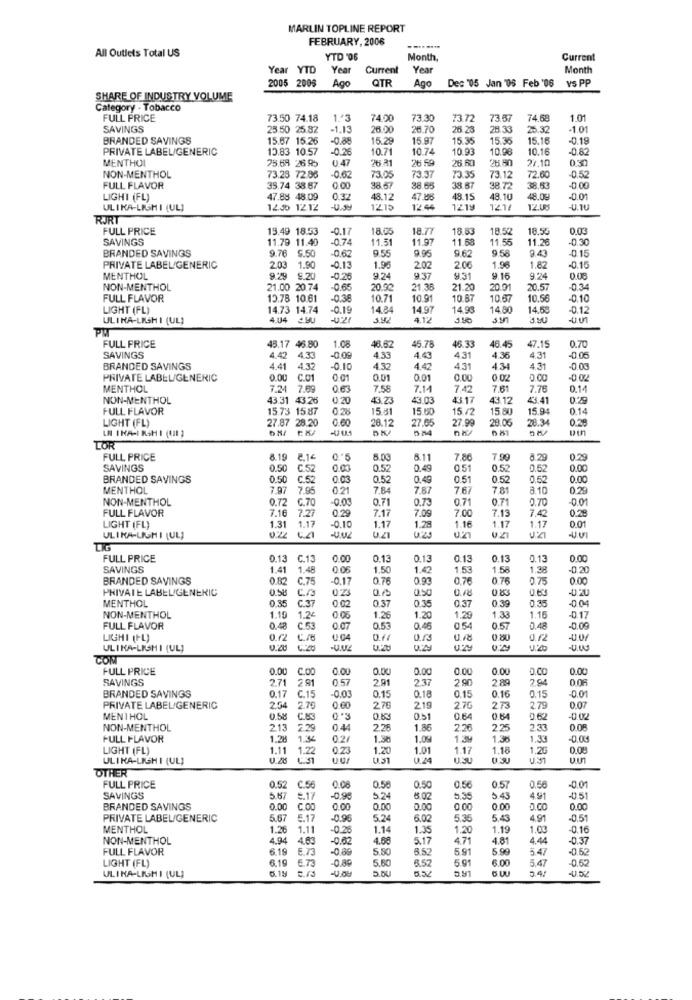
MARLIN TOPLINE REPORT
FEBRUARY, 2006
All Outlets Total US
YTD '06
Month,
Current
Year YTD
Year
Current
Year
Month
2005 2005
Ago
QTR
Ago
Dec '05 Jan '05 Feb '06
VS PP
SHARE OF INDUSTRY VOLUME
Category - Tobacco
FULL PRICE
73.50 74.18
1'3
74.00
73.30
73.72
73.67
74.58
1.01
SAVINGS
25.50 25.82
-1.13
26.00
26.70
25.28
28.33
25.32
-1.01
BRANDED SAVINGS
15.67 15.26
-0.88
15.29
15.97
15.3
15.36
15.16
-0.19
PRIVATE LABEL/GENERIC
13.83 10.57
-0.26
10.71
10.74
10.93
10.98
10.16
-0.8
MENTHOL
047
26.60
26.50
27.10
75.69 2695
NON-MENTHOL
73.23 72.86
-0.6
73.05
73.37
73.35
73.12
72.60
-0.5
FULL FLAVOR
35.74 38 67
0.00
38.57
38.65
38.67
38.7
38.53
-0.00
LIGHT (FL)
47.88 48.09
0.32
48.12
47.88
48.15
48.10
48.09
-0.01
ULIKA-LIGMI (UL]
12.30 1212
-U.S9
1215
12 44
1219
121/
12.0
U.1U
RJRT
FULL PRICE
15.49 18.53
-0.17
18.05
18.77
18.53
18.52
18.5
0.03
SAVINGS
11.79 11.40
.074
11.51
11.97
11.58
11.55
11.26
-0.30
BRANDED SAVINGS
9.76
5.50
0.62
9.55
9.95
9.62
9.58
-0.15
1.96
1.96
9.43
PRIVATE LABEL/GENERIC
203
1.90
-0.13
202
2.06
1.82
-0.15
MENTHOL
9.29
-0.26
9.24
9.37
931
9.16
9.2
0.08
NON-MENTHOL
21.00 20.74
0.6
20.92
21.38
21.20
20.0
20.57
-03
FULL FLAVOR
13.78 10.61
03
10.71
10.9
10.67
10.57
10.56
-0.10
LIGHT (FL)
14.73 14.74
-0.19
14.84
14.97
14.98
14.80
14.58
-0.1
ULINA-LISHI (UL)
4.04
3.92
4.12
FULL PRICE
45.17 46.80
1.08
46.33
46.62
45.78
46.45
47.15
0.70
SAVINGS
4.42
4.33
-0.00
4.33
4 43
4.31
4.36
4.31
-0.05
BRANDED SAVINGS
4.41
4.32
-0.10
4.32
4.42
4.31
434
4.31
PRIVATE LABEL/GENERIC
0.00
C.01
0.01
0.01
0.01
0.00
0 02
-0.02
MENTHOL
4 7.69
0.63
7.58
7.14
7.42
7.61
7.76
0.14
NON-MENTHOL
43.31 43.26
0.20
43.23
13.03
43.17
43.12
43.41
FULL FLAVOR
15.73 1587
0 28
15.81
15 60
15/2
15.80
15.94
0.14
LIGHT (FL)
27.87 28.20
0.60
28.12
27.65
27.9
28.05
28.34
0.28
LN INA-I RSH I (III )
TOR
FULL PRICE
8.19
8.1€
8.03
5.11
7.86
7.99
8.29
0.29
SAVINGS
0.50
C.52
0.52
0.45
0.51
0.52
0.00
BRANDED SAVINGS
0.50
C.52
0.03
0.52
0.49
0.51
0.52
0.52
0.00
MENTHOL
7.97 7.95
0.21
7.84
787
7.67
7 81
8 10
0.29
NON-MENTHOL
0.72 C.70
0.03
0,71
0.73
0.71
0.71
0.70
-0.01
FULL FLAVOR
0.29
7.17
7.09
7.00
7.13
7.42
0.28
7.16
7.27
LIGHT (FL)
1.31
1.17
0.1
1.17
1.29
1.16
1.17
1.17
0.01
ULIKA-LIGHI (UL)
FULL PRICE
0.13
C.13
0.00
0.13
0.13
0.13
0.13
0.13
0.00
SAVINGS
1.41
1.48
0.05
1.50
1.42
1.53
1.58
1.38
-0,20
BRANDED SAVINGS
0.82
C.75
-0.17
0.76
0.93
0.76
0.76
0.75
0.00
PRIVATE LABEL/GENERIC
0.58
0.18
083
0.63
-0.20
MENTHOL
0.35
C.37
0.02
0.37
0.35
0.37
0.3.
NON-MENTHOL
1.19
1.24
0 06
1.26
1.20
1,29
1.33
1.15
-0.17
FULL FLAVOR
0.48
C.53
0.07
0.53
0.45
05
0.57
0.48
-0.00
LIGHI (FL)
0.62
C/8
0.11
0.80
0.12
ULINA-LISHI (UL)
0.20 4.20
U.2b
COM
FULL PRICE
0.00
C.00
0.00
0.00
0.00
0.00
0.00
0.00
SAVINGS
271
2.91
0.57
2.91
237
2 90
2.89
294
0.06
BRANDED SAVINGS
-0.00
0.15
0.16
-0.01
0.17
C.15
0.15
0.18
0.15
PRIVATE LABEL/GENERIC
2.54
2.79
0.00
276
219
2.70
2.73
279
0.07
MENTHOL
0.58
C.83
0.53
0.51
0.64
0.64
0.62
-0.02
NON-MENTHOL
213
2.29
04
2.28
1.86
2.3
225
2.33
0.08
FULL FLAVOR
1.28
1.34
0.2/
1.38
1.09
1.39
1.38
1.3
LIGHT (FL)
1.11
1.22
0.23
1.20
1.01
1.17
1.16
1.25
0.08
ULIKA-LIGHI (UL)
031
0.24
OTHER
FULL PRICE
0.52
C.56
008
0.56
0.50
0.56
0.57
0.56
-0.01
SAVINGS
5.6
5.17
-0.9
5.24
65.02
5.35
5.43
4.91
-0.51
BRANDED SAVINGS
0.00
C.OD
0.00
0.00
0.00
0.00
0.00
D.CO
0.00
PRIVATE LABEL/GENERIC
5.67
5.17
0.9€
5.24
6.02
5.35
5.4
4.91
0.51
MENTHOL
1.26
1.11
-0.26
1.14
1.35
1.20
1.19
1.03
-0.16
NON-MENTHOL
4.94
4.63
-0.62
4.6€
5.17
4.71
4.81
4.44
-0.37
FULL FLAVOR
6.19
E.T
-0.88
5.80
5.91
5 99
5.47
6.19
5.73
0.89
5.50
8.57
5.91
6.00
5.47
0.52
LIGHT (FL)
6.1M
D.DU
54
-U.DZ
ULIKA-LISHI (UL]